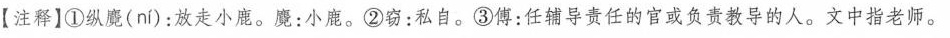
【注释】①纵魔( ní)：放走小鹿。魔：小鹿。②窃：私自。③傅：任辅导责任的官或负责教导的人。文中指老师。